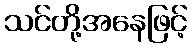
သင်တို့အနေဖြင့်